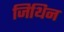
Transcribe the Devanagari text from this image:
जिथिन